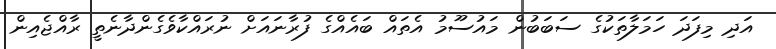
އަދި މިފަދަ ހަމަލާތަކުގެ ސަބަބުން މައުސޫމު އެތައް ބައެއްގެ ފުރާނައަށް ނުރައްކާވެގެންދާނެތީ ރާއްޖެއިން